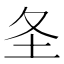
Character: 𪢶